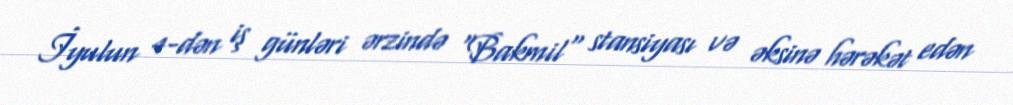
İyulun 4-dən iş günləri ərzində "Bakmil" stansiyası və əksinə hərəkət edən